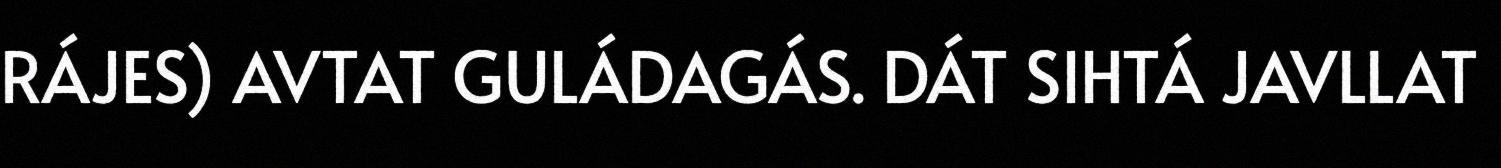
RÁJES) AVTAT GULÁDAGÁS. DÁT SIHTÁ JAVLLAT